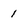
Character: 1